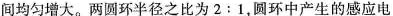
间均匀增大。两圆环半径之比为2:1，圆环中产生的感应电